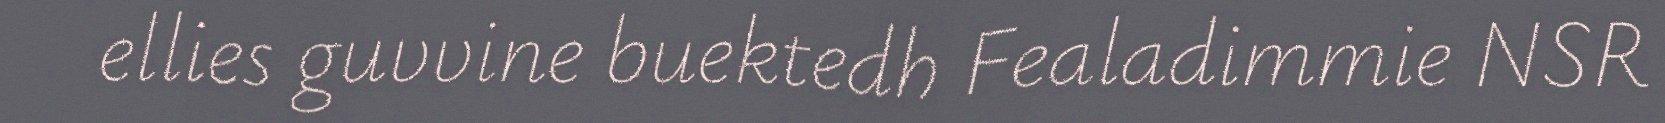
ellies guvvine buektedh Fealadimmie NSR